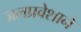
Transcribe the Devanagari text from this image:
जलप्रवेशाने